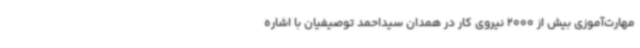
مهارت‌آموزی بیش از 2000 نیروی کار در همدان سیداحمد توصیفیان با اشاره